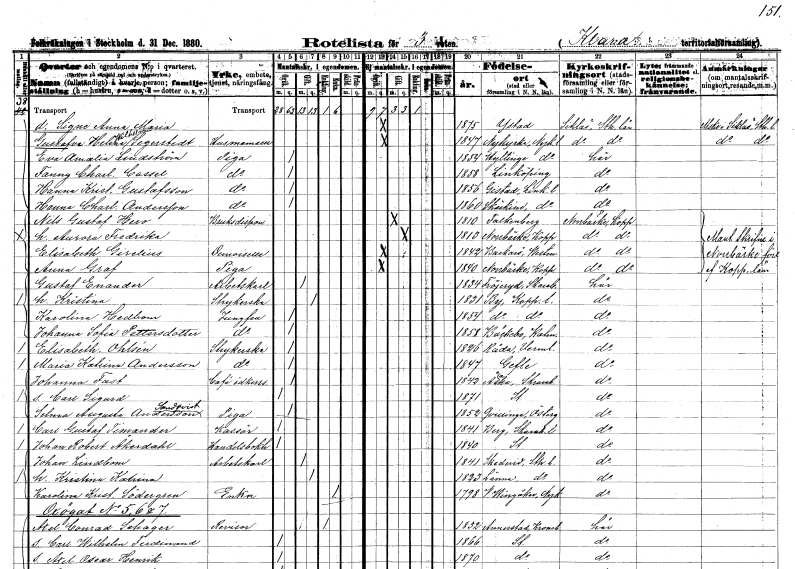
gt_parse: households: individuals: FN: Signe Anna Maria
KON: K
CIV: O
FODAR: 1875
FODFORS: Ystad Malmöhus län
FN: Gustafva Helena Wilhelmina
EN: Segerstedt
YRKE: Husmamsell
KON: K
CIV: O
FODAR: 1847
FODFORS: Nykyrka Södermanlands län
FN: Eva Amalia
EN: Lindström
YRKE: Piga
KON: K
CIV: O
FODAR: 1854
FODFORS: Hyltinge Södermanlands län
FN: Fanny Charlotta
EN: Cassel
YRKE: Piga
KON: K
CIV: O
FODAR: 1858
FODFORS: Linköping Östergötlands län
FN: Hanna Kristina
EN: Gustafsson
YRKE: Piga
KON: K
CIV: O
FODAR: 1856
FODFORS: Gistad Östergötlands län
FN: Hanna Charlotta
EN: Andersson
YRKE: Piga
KON: K
CIV: O
FODAR: 1860
FODFORS: Skärkind Östergötlands län
FN: Nils Gustaf
EN: Hero
YRKE: Bruksdisponent
KON: M
CIV: G
FODAR: 1810
FODFORS: Falkenberg Hallands län
FN: Aurora Fredrika
KON: K
CIV: G
FODAR: 1813
FODFORS: Norrbärke Kopparbergs län
FN: Elisabeth
EN: Girelius
KON: K
CIV: O
FODAR: 1842
FODFORS: Barkarö Västmanlands län
FN: Anna
EN: Graf
YRKE: Piga
KON: K
CIV: O
FODAR: 1840
FODFORS: Norrbärke Kopparbergs län
FN: Gustaf
EN: Enander
YRKE: Arbetskarl
KON: M
CIV: G
FODAR: 1834
FODFORS: Fröjered Skaraborgs län
FN: Kristina
YRKE: Strykerska
KON: K
CIV: G
FODAR: 1831
FODFORS: By Kopparbergs län
FN: Karolina
EN: Hedbom
YRKE: Jungfru
KON: K
CIV: O
FODAR: 1854
FODFORS: By Kopparbergs län
FN: Johanna Sofia
EN: Pettersdotter
YRKE: Jungfru
KON: K
CIV: O
FODAR: 1858
FODFORS: Bäckebo Kalmar län
FN: Elisabeth
EN: Ohlsén
YRKE: Strykerska
KON: K
CIV: O
FODAR: 1826
FODFORS: Råda Värmlands län
FN: Maria Katrina
EN: Andersson
YRKE: Strykerska
KON: K
CIV: O
FODAR: 1847
FODFORS: Gävle Gävleborgs län
FN: Johanna
EN: Fast
YRKE: Caféidkerska
KON: K
CIV: O
FODAR: 1842
FODFORS: Åsaka Skaraborgs län
FN: Carl Sigurd
KON: M
CIV: O
FODAR: 1871
FODFORS: Stockholm
FN: Selma Augusta
EN: Andersson Sandqvist
YRKE: Piga
KON: K
CIV: O
FODAR: 1852
FODFORS: Kvillinge Östergötlands län
FN: Carl Gustaf
EN: Timander
YRKE: Kassör
KON: M
CIV: O
FODAR: 1841
FODFORS: Berg Skaraborgs län
FN: Johan Robert
EN: Åkerdahl
YRKE: Handelsbokhållare
KON: M
CIV: O
FODAR: 1840
FODFORS: Stockholm
FN: Johan
EN: Lindbom
YRKE: Arbetskarl
KON: M
CIV: G
FODAR: 1841
FODFORS: Skederid Stockholms län
FN: Kristina Katrina
KON: K
CIV: G
FODAR: 1823
FODFORS: Länna Stockholms län
FN: Karolina Kristina
EN: Södergren
YRKE: Änka
KON: K
CIV: E
FODAR: 1798
FODFORS: Västra Vingåker Södermanlands län
FN: Axel Conrad
EN: Schager
YRKE: Revisor
KON: M
CIV: E
FODAR: 1832
FODFORS: Annerstad Kronobergs län
FN: Carl Wilhelm Ferdinand
KON: M
CIV: O
FODAR: 1866
FODFORS: Stockholm
FN: Axel Oscar Henrik
KON: M
CIV: O
FODAR: 1870
FODFORS: Stockholm